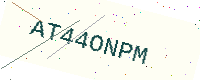
Text: AT44ONPM